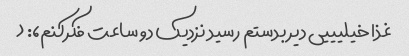
غذا خیلیییی دیر بدستم رسید نزدیک دو ساعت فکرکنم،: (